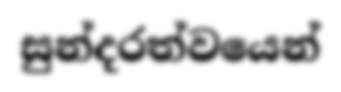
සුන්දරත්වයෙන්